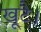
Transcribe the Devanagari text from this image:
खूटै।